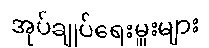
အုပ်ချုပ်ရေးမှူးများ